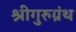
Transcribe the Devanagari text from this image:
श्रीगुरुग्रंथ